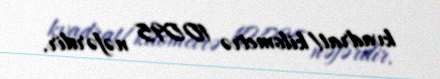
kvadrat/kilometrə 10095 nəfərdir.